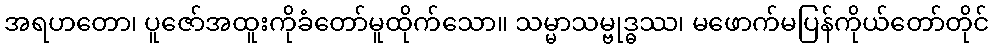
အရဟတော၊ ပူဇော်အထူးကိုခံတော်မူထိုက်သော။ သမ္မာသမ္ဗုဒ္ဓဿ၊ မဖောက်မပြန်ကိုယ်တော်တိုင်